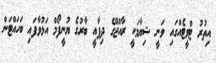
އިތުރު ޓްވީޓެއްގައި ވަނީ ޝިޔާމަކީ ރާއްޖޭގެ ދިފާއީ ބާރުގެ ޔުނީފޯމް އަޅުވާފައި ބަހައްޓަން